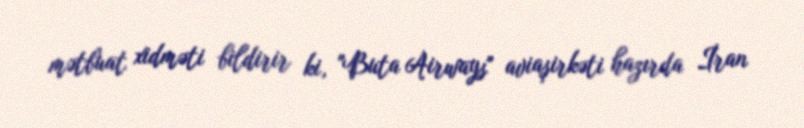
mətbuat xidməti bildirir ki, "Buta Airways" aviaşirkəti hazırda İran